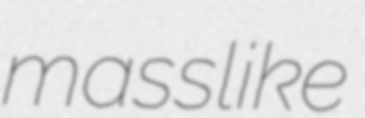
masslike